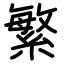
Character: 繁